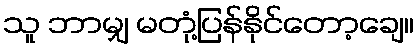
သူ ဘာမျှ မတုံ့ပြန်နိုင်တော့ချေ။